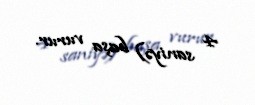
4 saniyə) başa vurur.